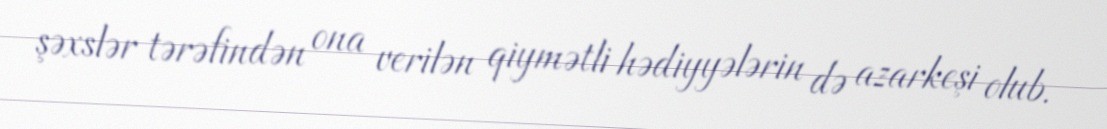
şəxslər tərəfindən ona verilən qiymətli hədiyyələrin də azarkeşi olub.